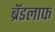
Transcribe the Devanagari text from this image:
ब्रॅडलाफ